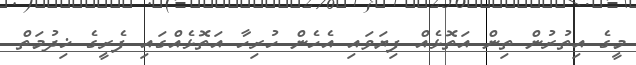
މީގެ އިތުރުން ތިން އަތޮޅެއް ފިޔަވައި އެހެން ހުރިހާ އަތޮޅެއްގައި ފެރީގެ ޚިދުމަތް